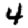
Digit: 4